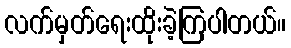
လက်မှတ်ရေးထိုးခဲ့ကြပါတယ်။